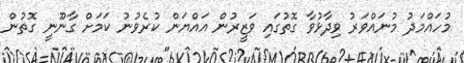
މުހައްމަދު މުނައްވަރު ވިދާޅުވާ ގޮތުގައި ވަޒީރުން އައްޔަން ކުރެވުނު ކަމަށް ގާނޫނީ ގޮތުން